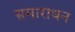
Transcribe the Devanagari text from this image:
समाराधन